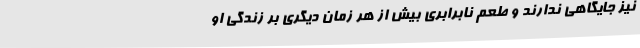
نیز جایگاهی ندارند و طعم نابرابری بیش از هر زمان دیگری بر زندگی او